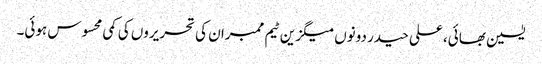
یٰسین بھائی، علی حیدر دونوں میگزین ٹیم ممبران کی تحریروں کی کمی محسوس ہوئی۔